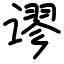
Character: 谬